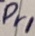
Text: Pr1